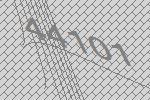
44101